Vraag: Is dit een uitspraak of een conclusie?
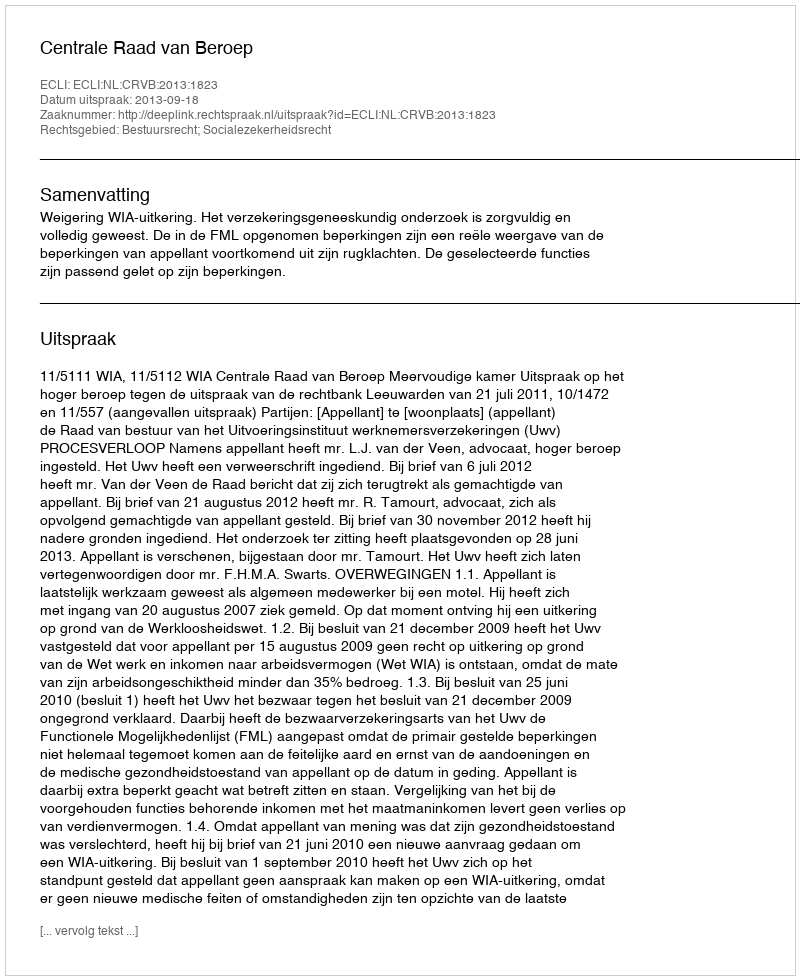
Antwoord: Uitspraak